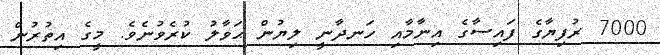
7000 ރުފިޔާގެ ފައިސާގެ އިނާމާއި ހަނދާނީ ލިޔުން ޙަވާލު ކުރެވުނެވެ. މީގެ އިތުރުން